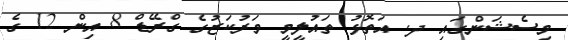
މިސެޝަންގައި ދ. އަތޮޅު ތައުލީމީ މަރުކަޒުގެ ގްރޭޑް 8 އިން 12 ގެ